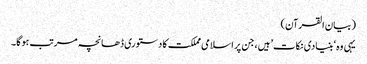
(بیان القرآن)
یہی وہ ‘بنیادی نکات’ ہیں، جن پر اسلامی مملکت کا دستوری ڈھانچہ مرتب ہوگا۔